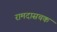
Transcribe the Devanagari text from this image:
रामदासचक